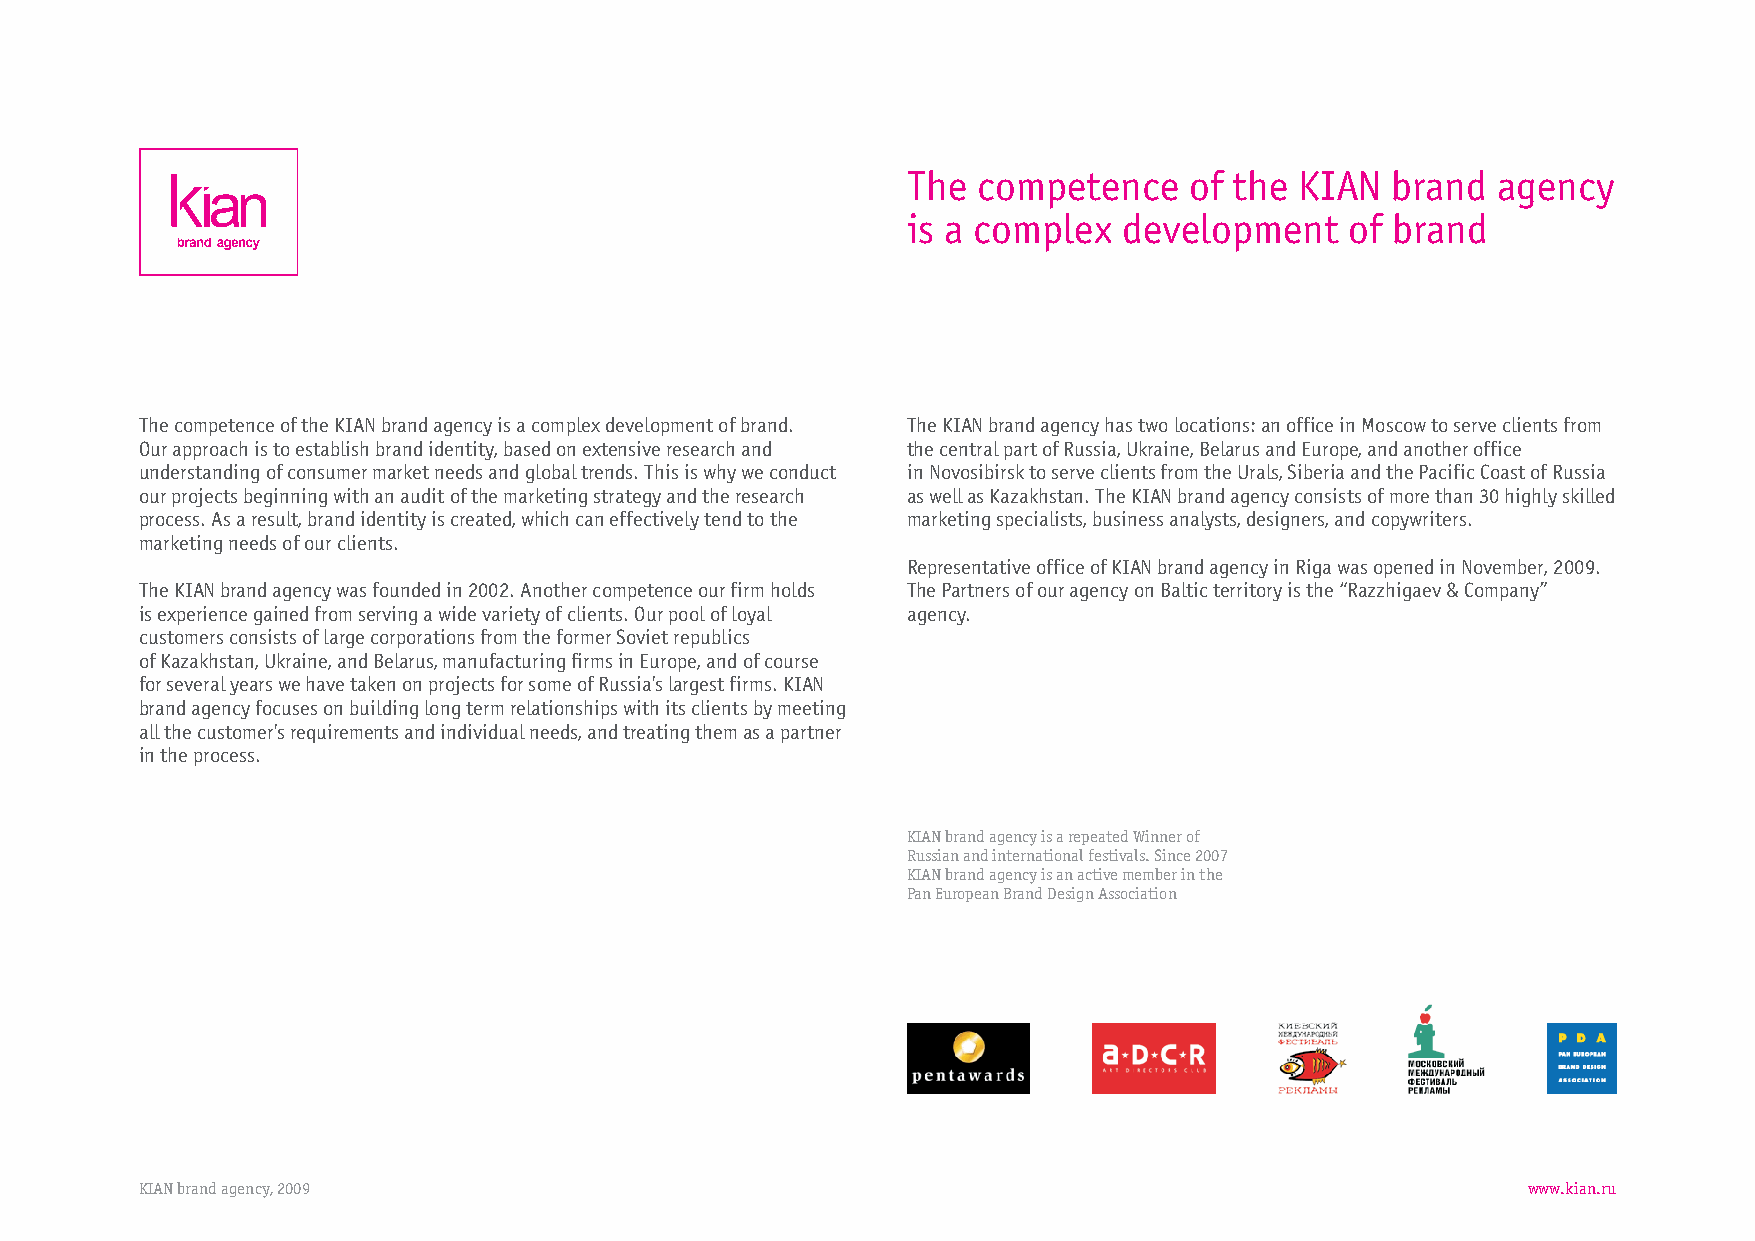
The  competence    of the KIAN  brand  agency
 is a complex  development    of brand
 ThecompetenceoftheKIANbrandagencyisacomplexdevelopmentofbrand. TheKIANbrandagencyhastwolocations:anofficeinMoscowtoserveclientsfrom
 Ourapproachistoestablishbrandidentity,basedonextensiveresearchand thecentralpartofRussia,Ukraine,BelarusandEurope,andanotheroffice
 understandingofconsumermarketneedsandglobaltrends.Thisiswhyweconduct inNovosibirsktoserveclientsfromtheUrals,SiberiaandthePacificCoastofRussia
 ourprojectsbeginningwithanauditofthemarketingstrategyandtheresearch aswellasKazakhstan.TheKIANbrandagencyconsistsofmorethan30highlyskilled
 process.Asaresult,brandidentityiscreated,whichcaneffectivelytendtothe marketingspecialists,businessanalysts,designers,andcopywriters.
 marketingneedsofourclients.
 RepresentativeofficeofKIANbrandagencyinRigawasopenedinNovember,2009.
 TheKIANbrandagencywasfoundedin2002.Anothercompetenceourfirmholds ThePartnersofouragencyonBalticterritoryisthe“Razzhigaev&Company”
 isexperiencegainedfromservingawidevarietyofclients.Ourpoolofloyal agency.
 customersconsistsoflargecorporationsfromtheformerSovietrepublics
 ofKazakhstan,Ukraine,andBelarus,manufacturingfirmsinEurope,andofcourse
 forseveralyearswehavetakenonprojectsforsomeofRussia'slargestfirms.KIAN
 brandagencyfocusesonbuildinglongtermrelationshipswithitsclientsbymeeting
 allthecustomer'srequirementsandindividualneeds,andtreatingthemasapartner
 intheprocess.
 KIANbrandagencyisarepeatedWinnerof
 Russianandinternationalfestivals.Since2007
 KIANbrandagencyisanactivememberinthe
 PanEuropeanBrandDesignAssociation
 KIANbrandagency,2009                                                                        www.kian.ru